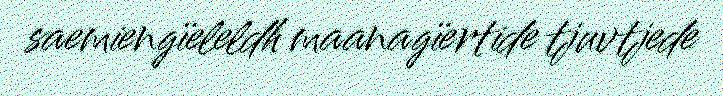
saemiengïeleldh maanagïertide tjuvtjede